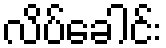
လိပ်ခေါင်း